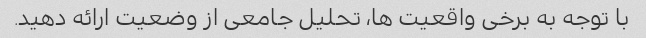
با توجه به برخی واقعیت ها، تحلیل جامعی از وضعیت ارائه دهید.